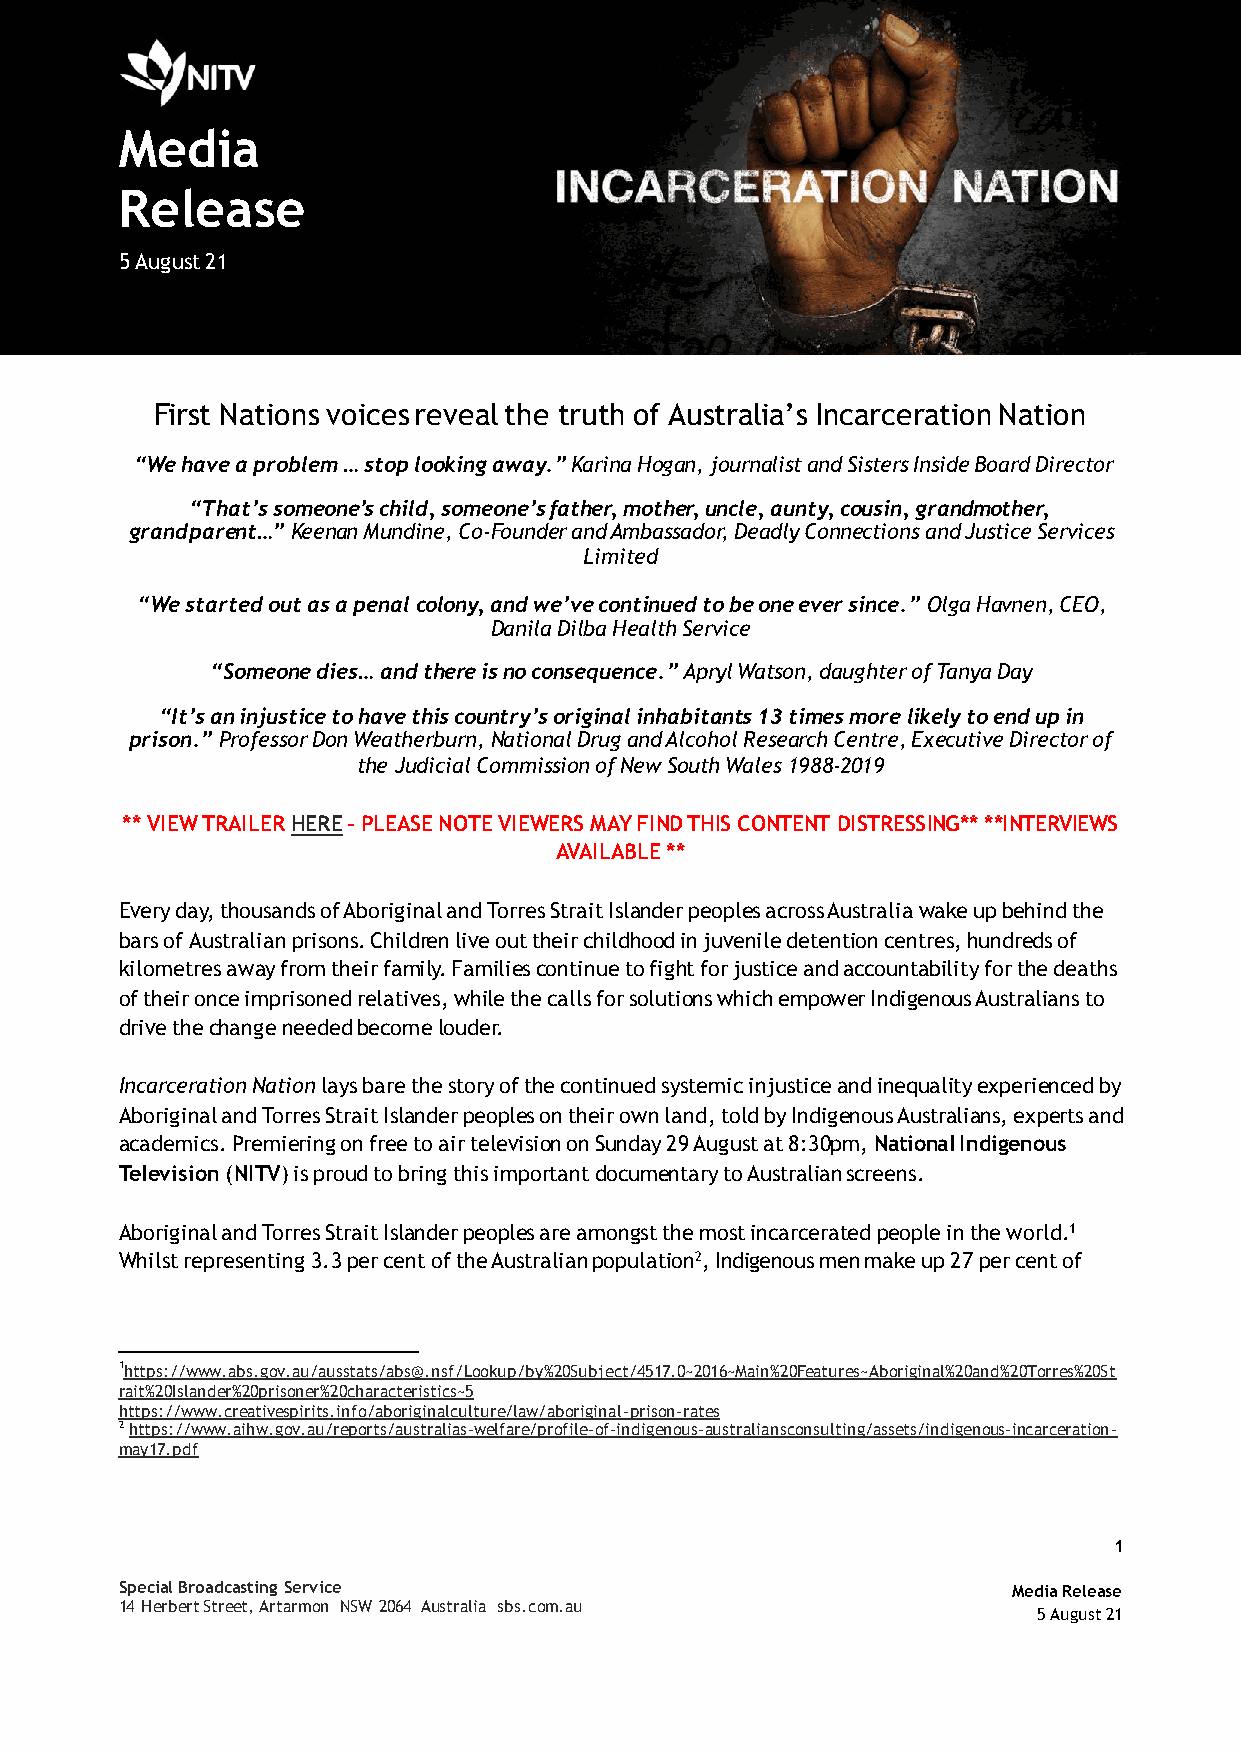
Media
 Release
 5 August 21
 First Nations voices reveal the truth of Australia’s Incarceration Nation
 “We have a problem … stop looking away.” Karina Hogan, journalist and Sisters Inside Board Director
 “That’s someone’s child, someone’s father, mother, uncle, aunty, cousin, grandmother,
 grandparent…” Keenan Mundine, Co-Founder and Ambassador, Deadly Connections and Justice Services
 Limited
 “We started out as a penal colony, and we’ve continued to be one ever since.” Olga Havnen, CEO,
 Danila Dilba Health Service
 “Someone dies… and there is no consequence.” Apryl Watson, daughter of Tanya Day
 “It’s an injustice to have this country’s original inhabitants 13 times more likely to end up in
 prison.” Professor Don Weatherburn, National Drug and Alcohol Research Centre, Executive Director of
 the Judicial Commission of New South Wales 1988-2019
 ** VIEW TRAILER HERE – PLEASE NOTE VIEWERS MAY FIND THIS CONTENT DISTRESSING** **INTERVIEWS
 AVAILABLE **
 Every day, thousands of Aboriginal and Torres Strait Islander peoples across Australia wake up behind the
 bars of Australian prisons. Children live out their childhood in juvenile detention centres, hundreds of
 kilometres away from their family. Families continue to fight for justice and accountability for the deaths
 of their once imprisoned relatives, while the calls for solutions which empower Indigenous Australians to
 drive the change needed become louder.
 Incarceration Nation lays bare the story of the continued systemic injustice and inequality experienced by
 Aboriginal and Torres Strait Islander peoples on their own land, told by Indigenous Australians, experts and
 academics. Premiering on free to air television on Sunday 29 August at 8:30pm, National Indigenous
 Television (NITV) is proud to bring this important documentary to Australian screens.
 Aboriginal and Torres Strait Islander peoples are amongst the most incarcerated people in the world.1
 Whilst representing 3.3 per cent of the Australian population2, Indigenous men make up 27 per cent of
 1https://www.abs.gov.au/ausstats/abs@.nsf/Lookup/by%20Subject/4517.0~2016~Main%20Features~Aboriginal%20and%20Torres%20St
 rait%20Islander%20prisoner%20characteristics~5
 https://www.creativespirits.info/aboriginalculture/law/aboriginal-prison-rates
 2 https://www.aihw.gov.au/reports/australias-welfare/profile-of-indigenous-australiansconsulting/assets/indigenous-incarceration-
 may17.pdf
 1
 Special Broadcasting Service                               Media Release
 14 Herbert Street, Artarmon NSW 2064 Australia sbs.com.au
 5 August 21